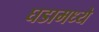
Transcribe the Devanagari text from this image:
घडामध्ये